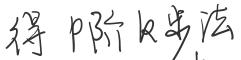
得 \( p \) 阶 \( k \) 步法